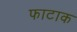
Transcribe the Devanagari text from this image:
फाटाक